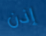
إذن